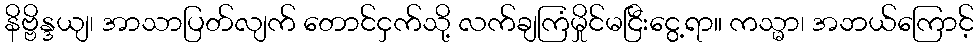
နိဗ္ဗိန္ဒယျ၊ အာသာပြတ်လျက် တောင်ငှက်သို့ လက်ချကြံမှိုင်မငြီးငွေ့ရာ။ ကသ္မာ၊ အဘယ်ကြောင့်